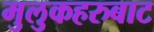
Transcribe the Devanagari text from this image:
मुलुकहरुबाट